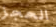
الحجز